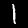
Digit: 1